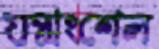
যন্ত্রাংশেল